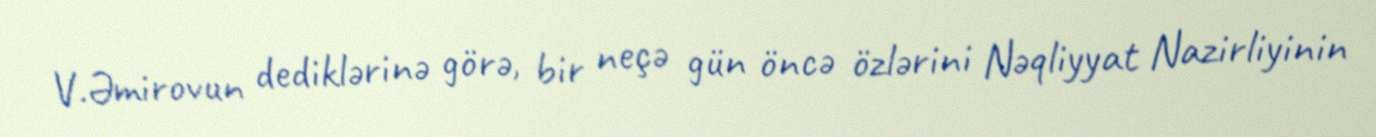
V.Əmirovun dediklərinə görə, bir neçə gün öncə özlərini Nəqliyyat Nazirliyinin